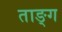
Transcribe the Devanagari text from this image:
ताङ्ग